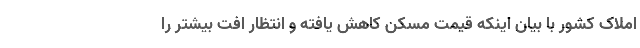
املاک کشور با بیان اینکه قیمت مسکن کاهش یافته و انتظار افت بیشتر را